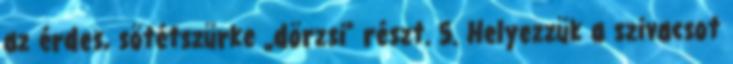
az érdes, sötétszürke „dörzsi” részt. 5. Helyezzük a szivacsot